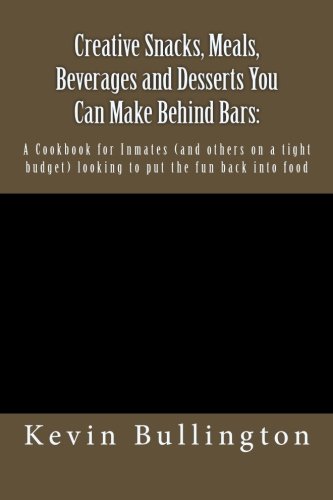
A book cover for Creative Snacks, Meals, Beverages and Desserts You Can Make Behind Bars:: A Cookbook for Inmates (and others on a tight budget) looking to put the fun back into food; Kevin Bullington; Cookbooks, Food & Wine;